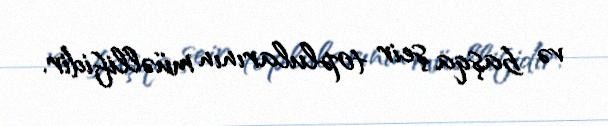
və başqa şeir toplularının müəllifidir.